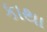
કાથા